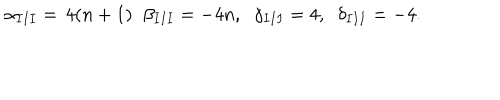
\alpha _ { I I I } = \, 4 ( n + 1 ) \; \; \beta _ { I I I } = - 4 n , \; \; \gamma _ { I I I } = 4 , \; \; \delta _ { I I I } = - 4 .